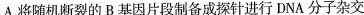
A.将随机断裂的B基因片段制备成探针进行DNA分子杂交